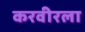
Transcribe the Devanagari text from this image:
करवीरला